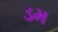
ડમ